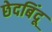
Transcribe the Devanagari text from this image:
छेदबिंदू